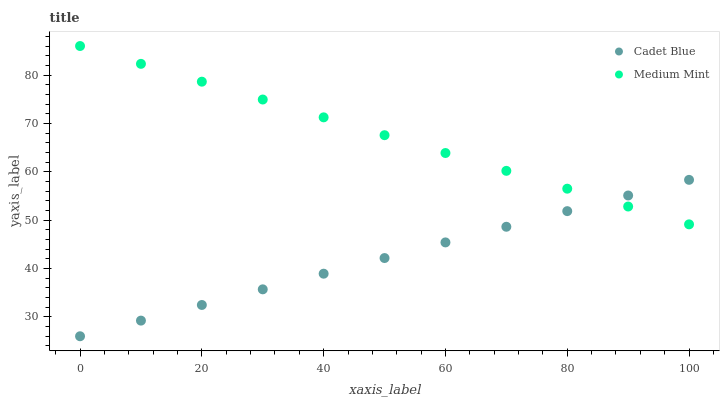
| xaxis_label | Cadet Blue | Medium Mint |
 | --- | --- | --- |
 | 0 | 26 | 86 |
 | 10 | 29.2 | 82.3 |
 | 20 | 32.5 | 78.6 |
 | 30 | 35.7 | 74.9 |
 | 40 | 38.9 | 71.3 |
 | 50 | 42.2 | 67.6 |
 | 60 | 45.4 | 63.9 |
 | 70 | 48.6 | 60.2 |
 | 80 | 51.9 | 56.5 |
 | 90 | 55.1 | 52.8 |
 | 100 | 58.3 | 49.1 |